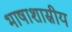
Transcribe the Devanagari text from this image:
भाषाशास्रीय